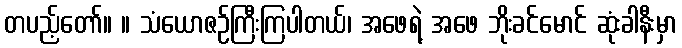
တပည့်တော်။ ။ သံယောဇဉ်ကြီးကြပါတယ်၊ အဖေရဲ့ အဖေ ဘိုးခင်မောင် ဆုံးခါနီးမှာ